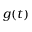
g ( t )